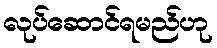
လုပ်ဆောင်ရမည်ဟု